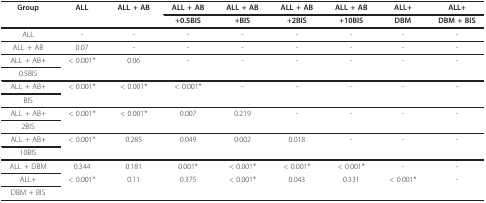
| Group | ALL | ALL + AB | ALL + AB | ALL + AB | ALL + AB | ALL + AB | ALL+ | ALL+ |
 |  |  |  | +0.5BIS | +BIS | +2BIS | +10BIS | DBM | DBM + BIS |
 | --- | --- | --- | --- | --- | --- | --- | --- | --- |
 | ALL | - | - | - | - | - | - | - | - |
 | ALL + AB | 0.07 | - | - | - | - | - | - | - |
 | ALL + AB+ | < 0.001* | 0.06 | - | - | - | - | - | - |
 | 0.5BIS |  |  |  |  |  |  |  |  |
 | ALL + AB+ | < 0.001* | < 0.001* | < 0.001* | - | - | - | - | - |
 | BIS |  |  |  |  |  |  |  |  |
 | ALL + AB+ | < 0.001* | < 0.001* | 0.007 | 0.219 | - | - | - | - |
 | 2BIS |  |  |  |  |  |  |  |  |
 | ALL + AB+ | < 0.001* | 0.285 | 0.049 | 0.002 | 0.018 | - | - | - |
 | 10BIS |  |  |  |  |  |  |  |  |
 | ALL + DBM | 0.344 | 0.181 | 0.001* | < 0.001* | < 0.001* | < 0.001* | - | - |
 | ALL+ | < 0.001* | 0.11 | 0.375 | < 0.001* | 0.043 | 0.331 | < 0.001* | - |
 | DBM + BIS |  |  |  |  |  |  |  |  |